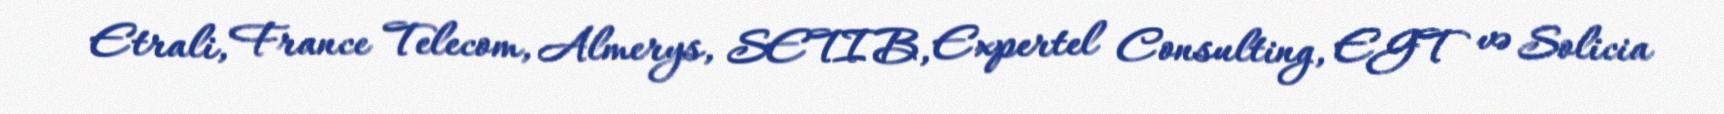
Etrali, France Telecom, Almerys, SETIB, Expertel Consulting, EGT və Solicia